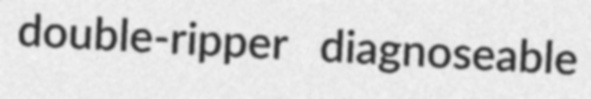
double-ripper diagnoseable